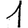
Digit: 1